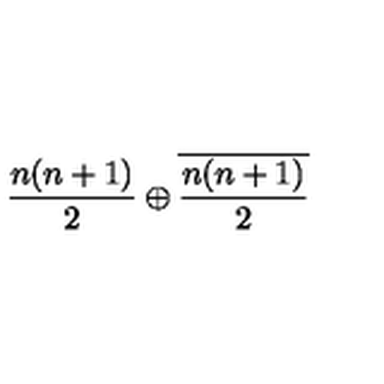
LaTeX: \frac { n ( n + 1 ) } { 2 } \oplus \overline { { \frac { n ( n + 1 ) } { 2 } } }